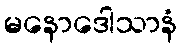
မနောဒေါသာနံ